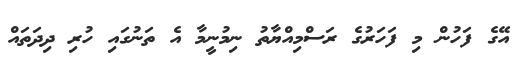
އޭގެ ފަހުން މި ފަހަރުގެ ރަސްމިއްޔާތު ނިމުނީމާ އެ ތަނުގައި ހުރި ދިދަތައް